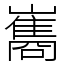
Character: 巂